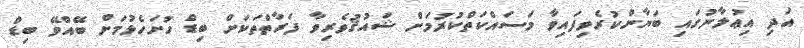
އަދި އިޢުލާނުގައި ބަޔާންކުރެވިފައިވާ މަސައްކަތްކުރުމަށް ޝައުޤުވެރިވާ ފަރާތްތަކަށް ބިޑް ހުށަހެޅުމަށް ބޭއްވޭ ބިޑް